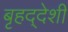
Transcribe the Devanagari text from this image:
बृहद्‌देशी